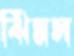
ঝিমস